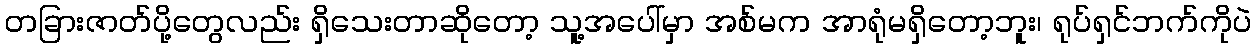
တခြားဇာတ်ပို့တွေလည်း ရှိသေးတာဆိုတော့ သူ့အပေါ်မှာ အစ်မက အာရုံမရှိတော့ဘူး၊ ရုပ်ရှင်ဘက်ကိုပဲ